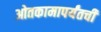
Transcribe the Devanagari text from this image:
ओतकामापर्यंतची